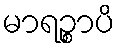
မာရဉ္စာပိ